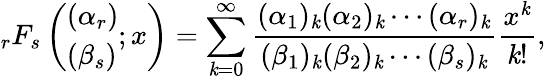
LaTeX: _{r}F_{s}\left(\begin{array}{l}{(\alpha_{r})}\\ {(\beta_{s})}\end{array};x\right)=\sum_{\mathit{k}=0}^{\infty}\frac{{(\alpha_{1})_{\mathit{k}}(\alpha_{2})_{\mathit{k}}\cdots(\alpha_{r})_{\mathit{k}}}}{{(\beta_{1})_{\mathit{k}}(\beta_{2})_{\mathit{k}}\cdots(\beta_{s})_{\mathit{k}}}}\frac{{x^{\mathit{k}}}}{{\mathit{k}!}},